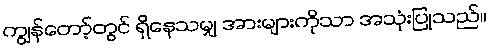
ကျွန်တော့်တွင် ရှိနေသမျှ အားများကိုသာ အသုံးပြုသည်။